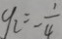
y _ { 2 } = - \frac { 1 } { 4 }